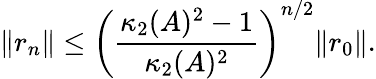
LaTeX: \| r_{n}\| \leq\left({\frac{\kappa_{2}(A)^{2}-1}{\kappa_{2}(A)^{2}}}\right)^{n/2}\| r_{0}\| .